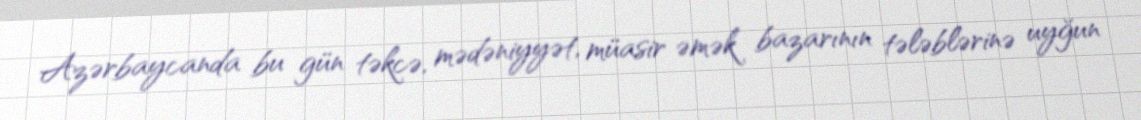
Azərbaycanda bu gün təkcə, mədəniyyət, müasir əmək bazarının tələblərinə uyğun